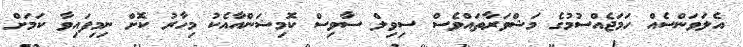
އެލަވަންސެއް ހަމަޖެއްސުމުގެ މަޝްވަރާތައްވެސް ސިވިލް ސާވިސް ކޮމިޝަންއާއެކު މިހާރު ކޮށް ނިމިފައިވާ ކަމަށް